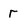
Character: r